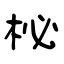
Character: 柲